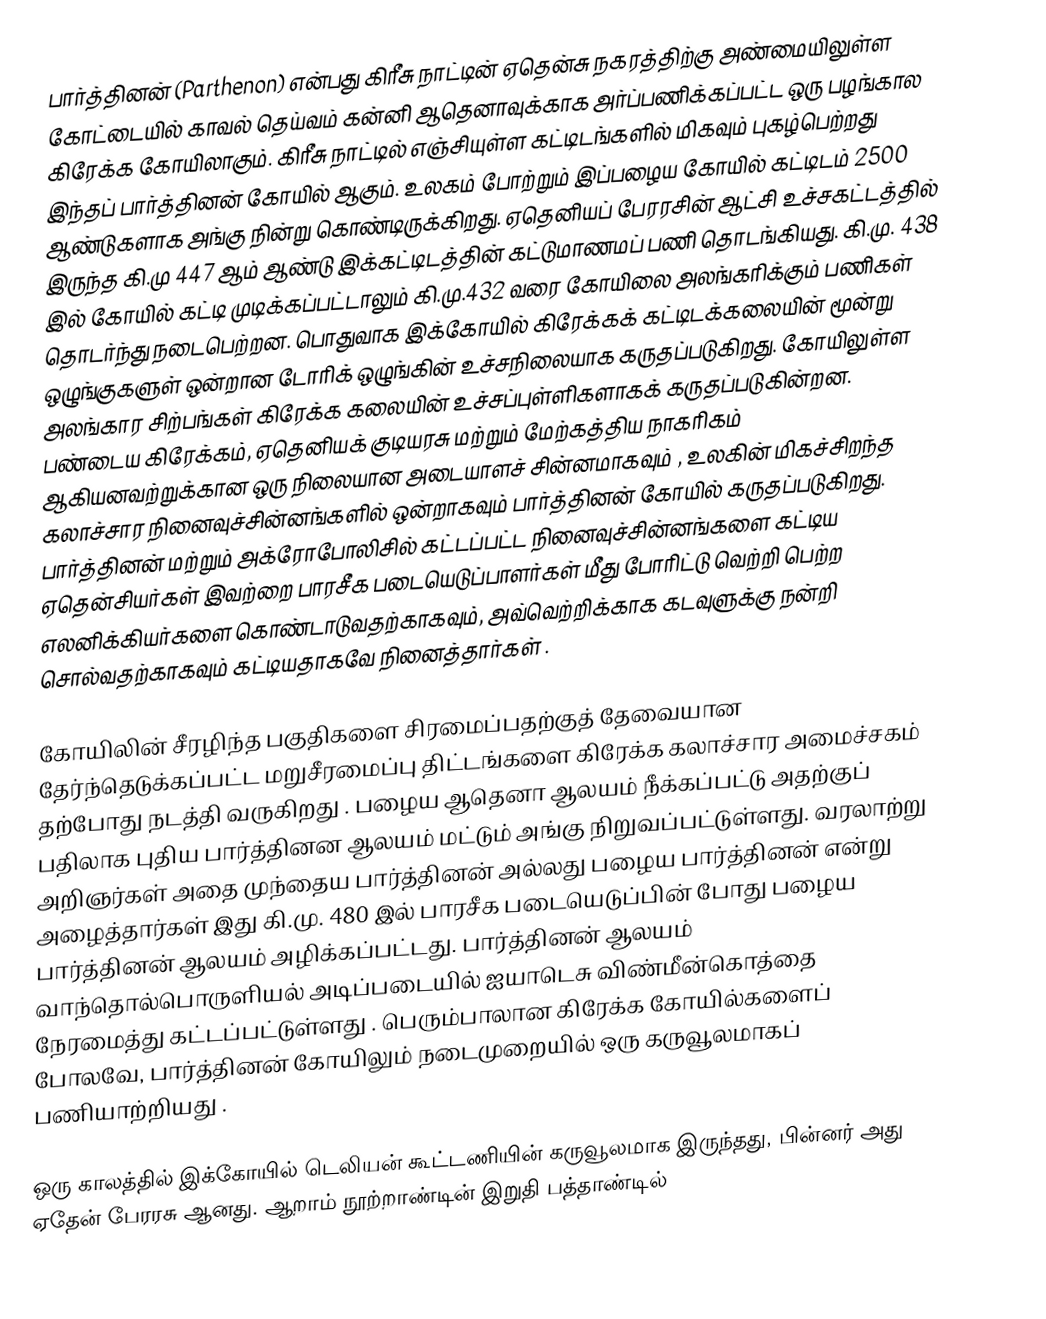
பார்த்தினன் (Parthenon) என்பது கிரீசு நாட்டின் ஏதென்சு நகரத்திற்கு அண்மையிலுள்ள கோட்டையில் காவல் தெய்வம் கன்னி ஆதெனாவுக்காக அர்ப்பணிக்கப்பட்ட ஒரு பழங்கால கிரேக்க கோயிலாகும். கிரீசு நாட்டில் எஞ்சியுள்ள கட்டிடங்களில் மிகவும் புகழ்பெற்றது இந்தப் பார்த்தினன் கோயில் ஆகும். உலகம் போற்றும் இப்பழைய கோயில் கட்டிடம் 2500 ஆண்டுகளாக அங்கு நின்று கொண்டிருக்கிறது. ஏதெனியப் பேரரசின் ஆட்சி உச்சகட்டத்தில் இருந்த கி.மு 447 ஆம் ஆண்டு இக்கட்டிடத்தின் கட்டுமாணமப் பணி தொடங்கியது. கி.மு. 438 இல் கோயில் கட்டி முடிக்கப்பட்டாலும் கி.மு.432 வரை கோயிலை அலங்கரிக்கும் பணிகள் தொடர்ந்து நடைபெற்றன. பொதுவாக இக்கோயில் கிரேக்கக் கட்டிடக்கலையின் மூன்று ஒழுங்குகளுள் ஒன்றான டோரிக் ஒழுங்கின் உச்சநிலையாக கருதப்படுகிறது. கோயிலுள்ள அலங்கார சிற்பங்கள் கிரேக்க கலையின் உச்சப்புள்ளிகளாகக் கருதப்படுகின்றன. பண்டைய கிரேக்கம், ஏதெனியக் குடியரசு மற்றும் மேற்கத்திய நாகரிகம் ஆகியனவற்றுக்கான ஒரு நிலையான அடையாளச் சின்னமாகவும் , உலகின் மிகச்சிறந்த கலாச்சார நினைவுச்சின்னங்களில் ஒன்றாகவும் பார்த்தினன் கோயில் கருதப்படுகிறது. பார்த்தினன் மற்றும் அக்ரோபோலிசில் கட்டப்பட்ட  நினைவுச்சின்னங்களை கட்டிய ஏதென்சியர்கள் இவற்றை பாரசீக படையெடுப்பாளர்கள் மீது போரிட்டு வெற்றி பெற்ற எலனிக்கியர்களை கொண்டாடுவதற்காகவும், அவ்வெற்றிக்காக கடவுளுக்கு நன்றி சொல்வதற்காகவும் கட்டியதாகவே நினைத்தார்கள் .

கோயிலின் சீரழிந்த பகுதிகளை சிரமைப்பதற்குத் தேவையான தேர்ந்தெடுக்கப்பட்ட மறுசீரமைப்பு  திட்டங்களை கிரேக்க கலாச்சார அமைச்சகம் தற்போது நடத்தி வருகிறது . பழைய ஆதெனா ஆலயம் நீக்கப்பட்டு  அதற்குப் பதிலாக புதிய பார்த்தினன ஆலயம் மட்டும் அங்கு நிறுவப்பட்டுள்ளது. வரலாற்று அறிஞர்கள் அதை முந்தைய பார்த்தினன் அல்லது பழைய பார்த்தினன் என்று அழைத்தார்கள்  இது கி.மு. 480 இல் பாரசீக படையெடுப்பின் போது பழைய பார்த்தினன் ஆலயம் அழிக்கப்பட்டது. பார்த்தினன் ஆலயம் வாந்தொல்பொருளியல் அடிப்படையில் ஐயாடெசு விண்மீன்கொத்தை நேரமைத்து கட்டப்பட்டுள்ளது . பெரும்பாலான கிரேக்க கோயில்களைப் போலவே, பார்த்தினன் கோயிலும் நடைமுறையில் ஒரு  கருவூலமாகப் பணியாற்றியது .

ஒரு காலத்தில் இக்கோயில் டெலியன் கூட்டணியின் கருவூலமாக இருந்தது, பின்னர் அது ஏதேன் பேரரசு ஆனது. ஆறாம் நூற்றாண்டின் இறுதி பத்தாண்டில்